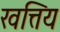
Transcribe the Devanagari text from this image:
खत्तिय